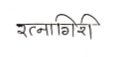
मजकूर: रत्नागिरी